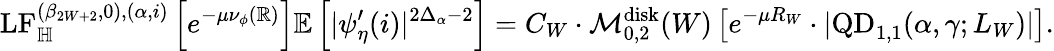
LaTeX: \mathrm{LF}_{\mathbb H}^{(\beta_{2W+2},0),(\alpha,i)}\left[e^{-\mu\nu_{\phi}(\mathbb R)}\right]\mathbb E\left[|\psi_{\eta}^{\prime}(i)|^{2\Delta_{\alpha}-2}\right]=C_{W}\cdot\mathcal M_{0,2}^{\mathrm{disk}}(W)\left[e^{-\mu R_{W}}\cdot|\mathrm{QD}_{1,1}(\alpha,\gamma;L_{W})|\right].